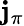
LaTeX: \mathbf{j}_{\pi}